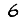
Digit: 6